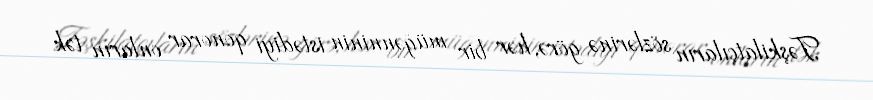
Təşkilatçıların sözlərinə görə, hər bir müğənninin istədiyi qonorar onların tək